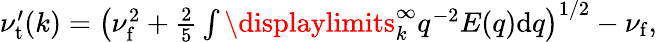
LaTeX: \begin{array}{r}{\nu_{\mathrm{t}}^{\prime}(k)=\left(\nu_{\mathrm{f}}^{2}+\frac{2}{5}\int\displaylimits_{k}^{\infty}q^{-2}E(q)\mathrm{d}q\right)^{1/2}-\nu_{\mathrm{f}},}\end{array}